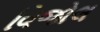
વિજોલ